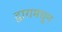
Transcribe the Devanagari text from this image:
द्वारामधून